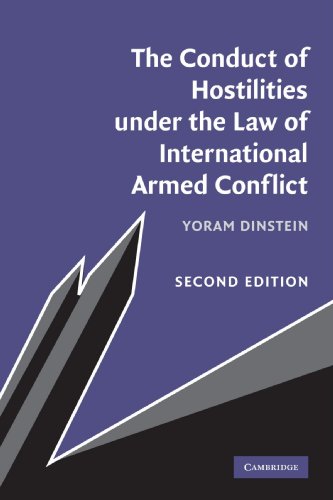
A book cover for The Conduct of Hostilities under the Law of International Armed Conflict; Yoram Dinstein; Law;